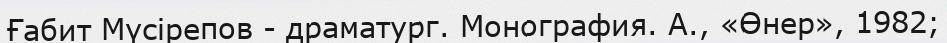
Ғабит Мүсірепов - драматург. Монография. А., «Өнер», 1982;